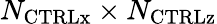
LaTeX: N_{\mathrm{{CTRLx}}}\times N_{\mathrm{{CTRLz}}}